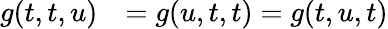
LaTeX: \begin{array}{ll}{g(t,t,u)}&{=g(u,t,t)=g(t,u,t)}\end{array}